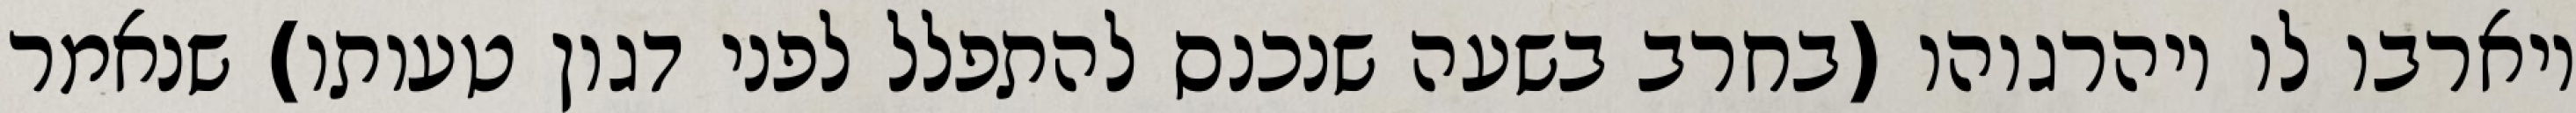
ויארבו לו ויהרגוהו (בחרב בשעה שנכנס להתפלל לפני דגון טעותו) שנאמר